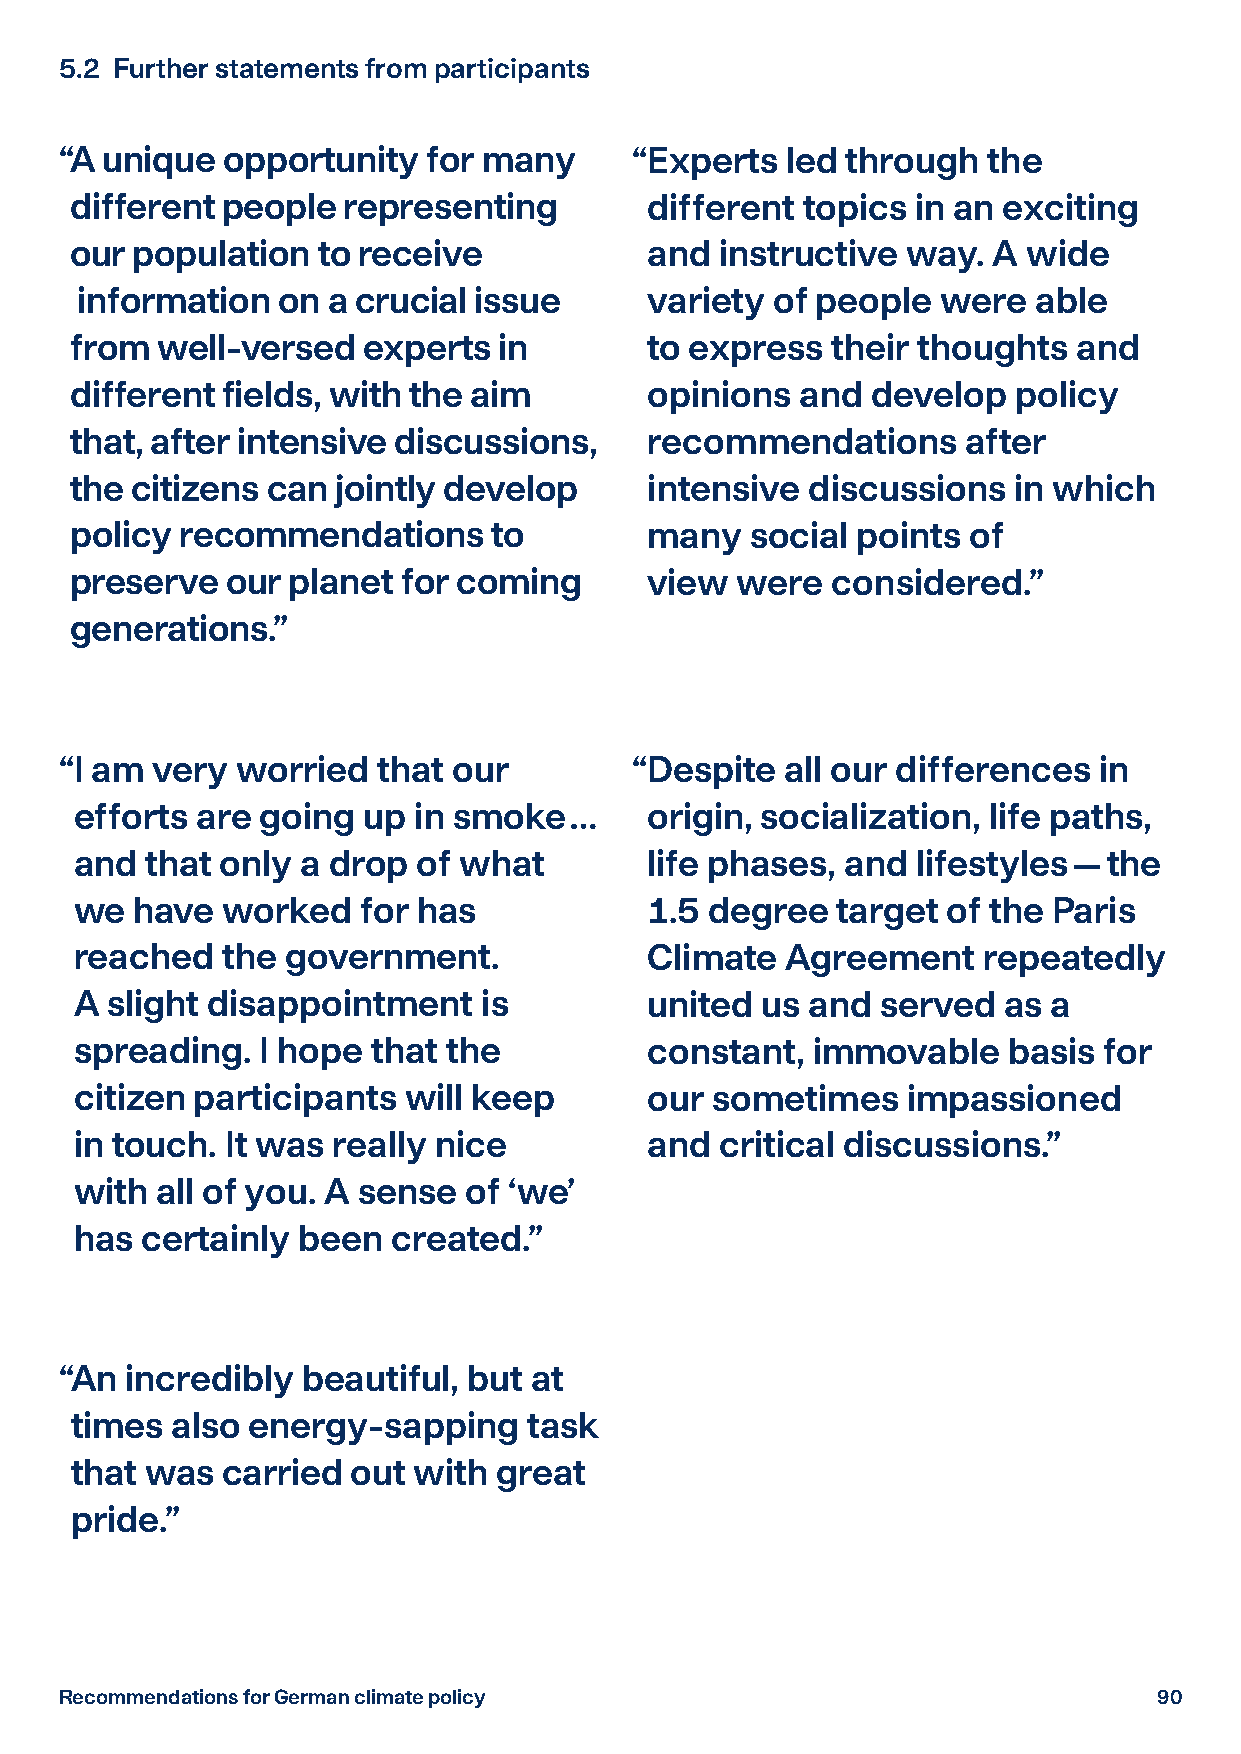
5.2 Further statements from participants
 “ A unique opportunity  for many      “ Experts led through  the
 different people  representing        different topics  in an exciting
 our population  to receive            and  instructive way.  A wide
 information  on  a crucial issue      variety of people  were   able
 from well-versed   experts  in        to express  their thoughts  and
 different fields, with the aim        opinions  and  develop  policy
 that, after intensive discussions,    recommendations      after
 the citizens can jointly develop      intensive discussions   in which
 policy recommendations      to        many   social points of
 preserve  our planet  for coming      view  were  considered.”
 generations.”
 “ I am very worried  that our         “ Despite all our differences  in
 efforts are going  up in smoke   …    origin, socialization, life paths,
 and  that only a drop  of what        life phases, and  lifestyles — the
 we  have  worked   for has            1.5 degree  target  of the Paris
 reached   the government.             Climate  Agreement    repeatedly
 A slight disappointment    is         united us  and served  as  a
 spreading.  I hope  that the          constant,  immovable    basis for
 citizen participants  will keep       our sometimes    impassioned
 in touch. It was really nice          and  critical discussions.”
 with all of you. A sense  of ‘we’
 has certainly  been  created.”
 “ An incredibly beautiful, but at
 times also energy-sapping     task
 that was  carried out with  great
 pride.”
 Recommendations for German climate policy                                90